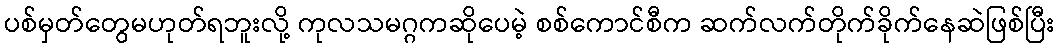
ပစ်မှတ်တွေမဟုတ်ရဘူးလို့ ကုလသမဂ္ဂကဆိုပေမဲ့ စစ်ကောင်စီက ဆက်လက်တိုက်ခိုက်နေဆဲဖြစ်ပြီး